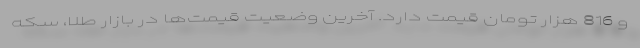
و 816 هزار تومان قیمت دارد. آخرین وضعیت قیمت‌ها در بازار طلا، سکه